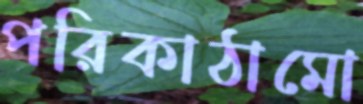
পরিকাঠামো